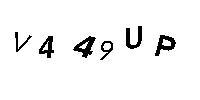
V449UP